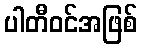
ပါတီဝင်အဖြစ်